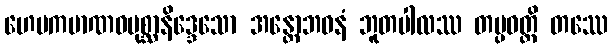
ဟေမကမာဏဝပုစ္ဆာနိဒ္ဒေသော အန္တောဘဝနံ ဘူတပါလဿ တပ္ပဝတ္တိ တဿေ